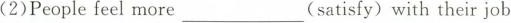
(2)Peoplefeel more ___ (satisfy)with their job